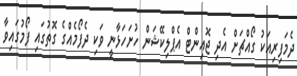
ދެމަފިރިއަކު ގޯއްޗަށް އެދި ޖޮއިންޓް އެޕްލިކޭޝަން ހުށަހަޅާނީ ވަކި ދެފޯމެއްގެ ގޮތުގައި ފޯމުގައިވާ